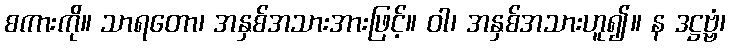
စကားကို။ သာရတော၊ အနှစ်အသားအားဖြင့်။ ဝါ၊ အနှစ်အသားဟူ၍။ န ဒဋ္ဌဗ္ဗံ၊